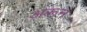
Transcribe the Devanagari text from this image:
अरून